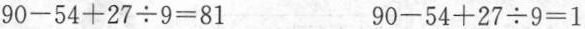
$$9 0 - 5 4 + 2 7 \div 9 = 8 1$$$$9 0 - 5 4 + 2 7 \div 9 = 1$$